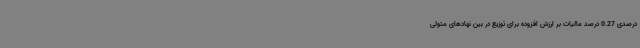
درصدی 0.27 درصد مالیات بر ارزش افزوده برای توزیع در بین نهادهای متولی